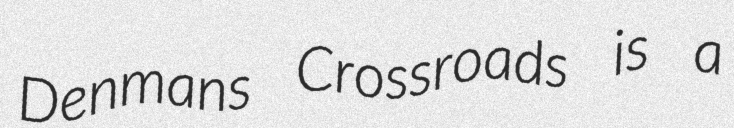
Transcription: Denmans Crossroads is a